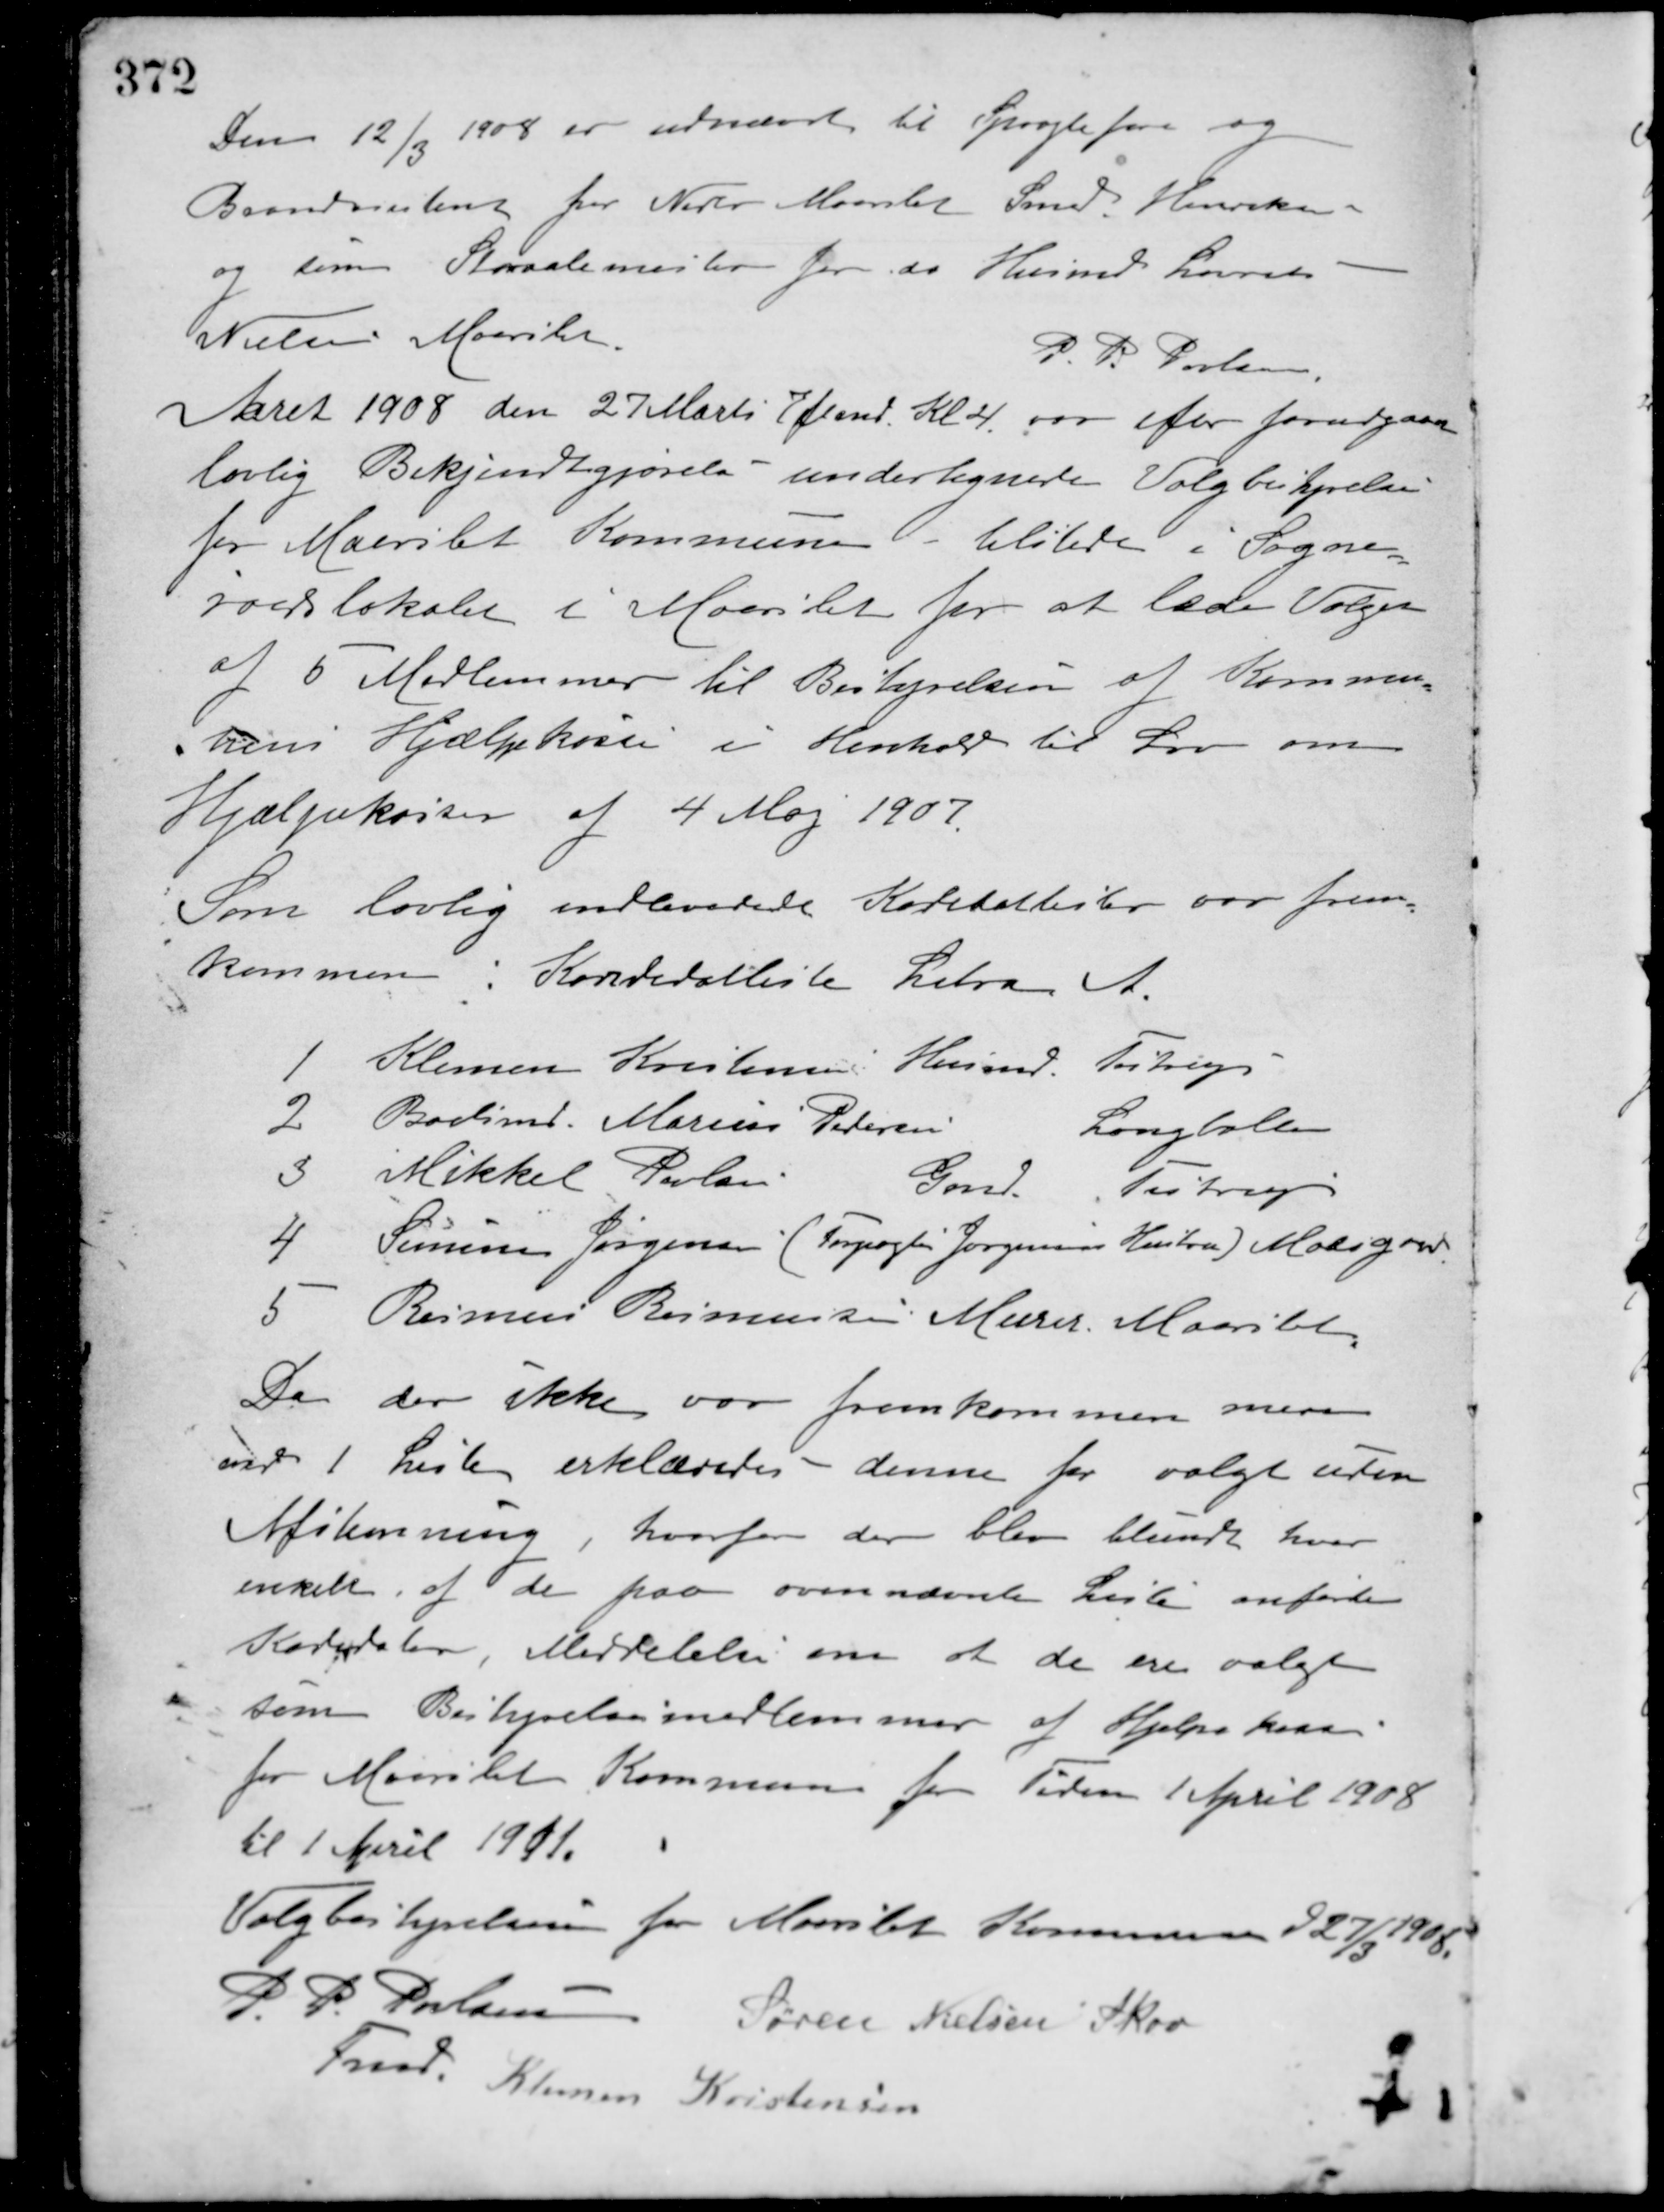
Transskription:
Den 12/3 1908 er udnævnt til Sprøjtefører og
Brandassistent for Neder Maarslet Smed Henriksen
og som Straalemester for do Husmd. Laurits
Nielsen Maarslet.
P. P. Poulsen
Aaret 1908 den 27 Marts Eftmd. Kl. 4 var efter forudgaaende
lovlig Bekjendtgjørelse undertegnede Valgbestyrelse
for Maarslet Kommune tilstede i Sogne-
raadslokalet i Maarslet for at lede Valget
af 6 Medlemmer til Bestyrelsen af Kommu-
nens Hjælpekasse i Henhold til Lov om
Hjælpekassen af 4 Maj 1907.
Som lovlig indleverede Kandidatlister var frem-
kommen: Kandidatliste Litra
A
1 Klemen Kristensen. Husmd. Testrup
2 Boelsmd. Marius Pedersen Langballe
3 Mikkel Povlsen Gmd. Testrup
4. Simone Jørgensen (Forpagter Jørgensens Hustru) Moesgaard
5 Rasmus Rasmussen Murer Maarslet
Da der ikke var fremkommen mere
end 1 Liste erklæredes denne for valgt uden
Afstemning, hvorfor der blev tilsendt hver
enkelt af de paa ovennævnte Liste anførte
Kandidater, Meddelelse om at de ere valgt
som Bestyrelsesmedlemmer af Hjælpekassen
for Maarslet Kommune for Tiden 1 April 1908
til 1 April 1911.
Valgbestyrelsen for Maarslet Kommune d 27/3 1908.
P. P. Poulsen
Fmd.
Søren Nielsen Skov
Klemen Kristensen